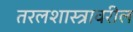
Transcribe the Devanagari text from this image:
तरलशास्त्रावरील